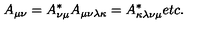
A _ { \mu \nu } = A _ { \nu \mu } ^ { * } A _ { \mu \nu \lambda \kappa } = A _ { \kappa \lambda \nu \mu } ^ { * } e t c .